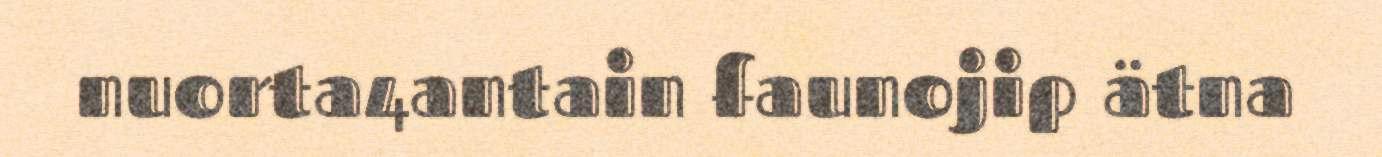
nuorta4antain faunojip ätna